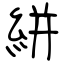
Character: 絣